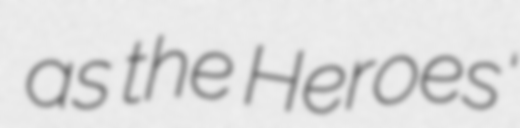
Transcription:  as the Heroes'